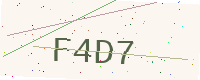
Text: F4D7